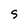
Character: S